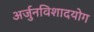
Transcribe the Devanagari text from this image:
अर्जुनविशादयोग